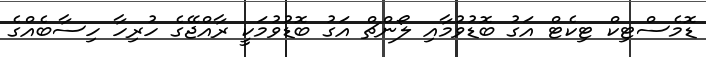
ޑޮމެސްޓިކް ޓިކެޓް އަގު ބޮޑުވުމާއި ލޯންޗް އަގު ބޮޑުވުމަކީ ރާއްޖޭގެ ހުރިހާ ހިސާބެއްގެ